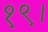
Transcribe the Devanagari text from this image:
१९।